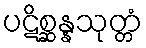
ပဋိစ္ဆန္နသုတ္တံ